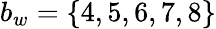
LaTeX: b_{w}=\{ 4,5,6,7,8\}